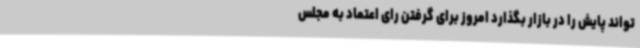
تواند پایش را در بازار بگذارد امروز برای گرفتن رای اعتماد به مجلس